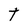
Character: t